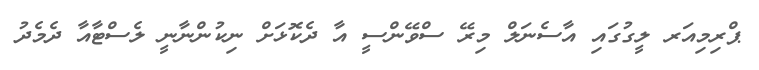
ޕްރިމިއަރ ލީގުގައި އާސެނަލް މިރޭ ސްވޭންސީ އާ ދެކޮޅަށް ނިކުންނާނީ ލެސްޓާއާ ދެމެދު